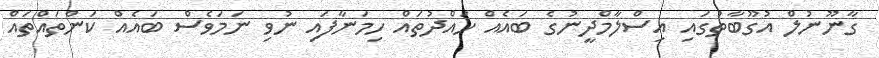
ގާނޫނުލް އުގޫބާތުގައި އިސްލާމްދީނުގެ ބައެއް ހައްދުތައް ހިމަނާފައި ނުވި ނަމަވެސް ބައެއް ކަންތައްތައް